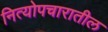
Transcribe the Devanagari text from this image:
नित्योपचारातील